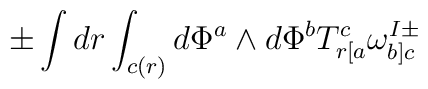
\pm\int dr \int_{c(r)} d\Phi^a\wedge d\Phi^b T^c_{r[a}\omega^{I\pm}_{b]c}